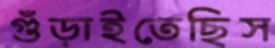
গুঁড়াইতেছিস